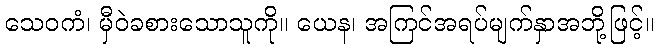
သေဝကံ၊ မှီဝဲခစားသောသူကို။ ယေန၊ အကြင်အရပ်မျက်နှာအဘို့ဖြင့်။